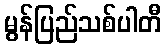
မွန်ပြည်သစ်ပါတီ